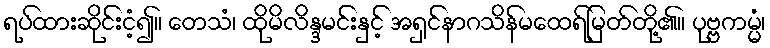
ရပ်ထားဆိုင်းငံ့၍။ တေသံ၊ ထိုမိလိန္ဒမင်းနှင့် အရှင်နာဂသိန်မထေရ်မြတ်တို့၏။ ပုဗ္ဗကမ္မံ၊